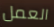
العمل